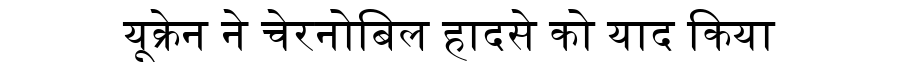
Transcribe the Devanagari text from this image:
यूक्रेन ने चेरनोबिल हादसे को याद किया